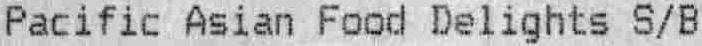
PACIFIC ASIAN FOOD DELIGHTS S/B